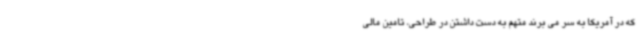
که در آمریکا به سر می برند متهم به دست داشتن در طراحی، تامین مالی